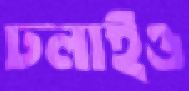
ঢলাইও